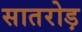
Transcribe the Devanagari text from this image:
सातरोड़